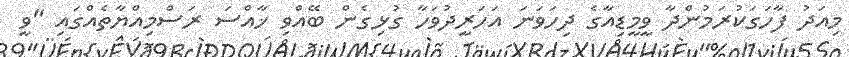
މިއަދު ފާހަގަކުރަމުންދާ ވީމީޑިއާގެ ދިހަވަނަ އަހަރީދުވަހާ ގުޅިގެން ބޭއްވި ޚާއްސަ ރަސްމިއްޔާތެއްގައި "ވީ